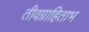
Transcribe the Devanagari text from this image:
तीवग्राहिताभ